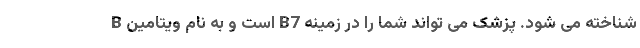
B است و به نام ویتامین B7 شناخته می شود. پزشک می تواند شما را در زمینه